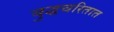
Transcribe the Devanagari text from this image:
बुद्धचरितात